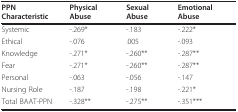
| PPN Characteristic | Physical Abuse | Sexual Abuse | Emotional Abuse |
 | --- | --- | --- | --- |
 | Systemic | -.269* | -.183 | -.222* |
 | Ethical | -.076 | .005 | -.093 |
 | Knowledge | -.271* | -.260** | -.287** |
 | Fear | -.271* | -.260** | -.287** |
 | Personal | -.063 | -.056 | -.147 |
 | Nursing Role | -.187 | -.198 | -.221* |
 | Total BAAT-PPN | -.328** | -.275** | -.351*** |